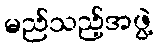
မည်သည့်အဖွဲ့